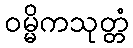
ဝမ္မိကသုတ္တံ